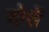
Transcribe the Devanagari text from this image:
बोर्से